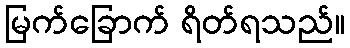
မြက်ခြောက် ရိတ်ရသည်။